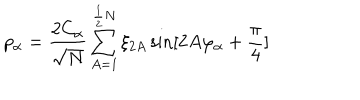
LaTeX: p _ { \alpha } = \frac { 2 C _ { \alpha } } { \sqrt { N } } \sum _ { A = 1 } ^ { \frac { 1 } { 2 } N } \xi _ { 2 A } \sin [ 2 A \varphi _ { \alpha } + \frac { \pi } { 4 } ]